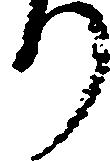
り